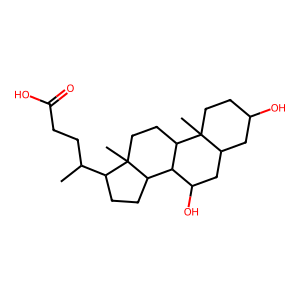
SMILES: CC(CCC(=O)O)C1CCC2C3C(O)CC4CC(O)CCC4(C)C3CCC12C
Inhibits HIV replication: No